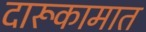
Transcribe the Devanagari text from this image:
दारूकामात